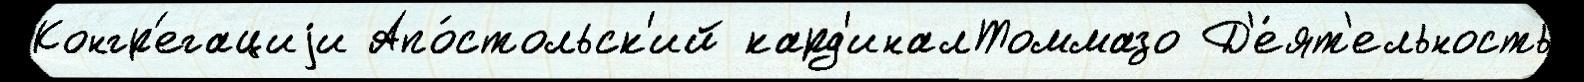
Конгр'егациjи Апо́стольск'ий кард'иналТоммазо Д'е́ят'ельность